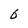
Character: 6